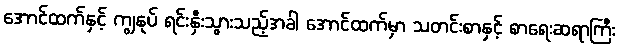
အောင်ထက်နှင့် ကျွနုပ် ရင်းနှီးသွားသည့်အခါ အောင်ထက်မှာ သတင်းစာနှင့် စာရေးဆရာကြီး